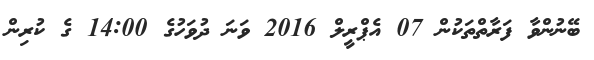
ބޭނުންވާ ފަރާތްތަކުން 07 އެޕްރީލް 2016 ވަނަ ދުވަހުގެ 14:00 ގެ ކުރިން